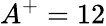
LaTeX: A^{+}=12